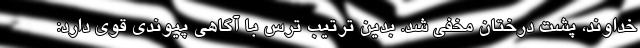
خداوند، پشت درختان مخفی شد. بدین ترتیب ترس با آگاهی پیوندی قوی دارد: